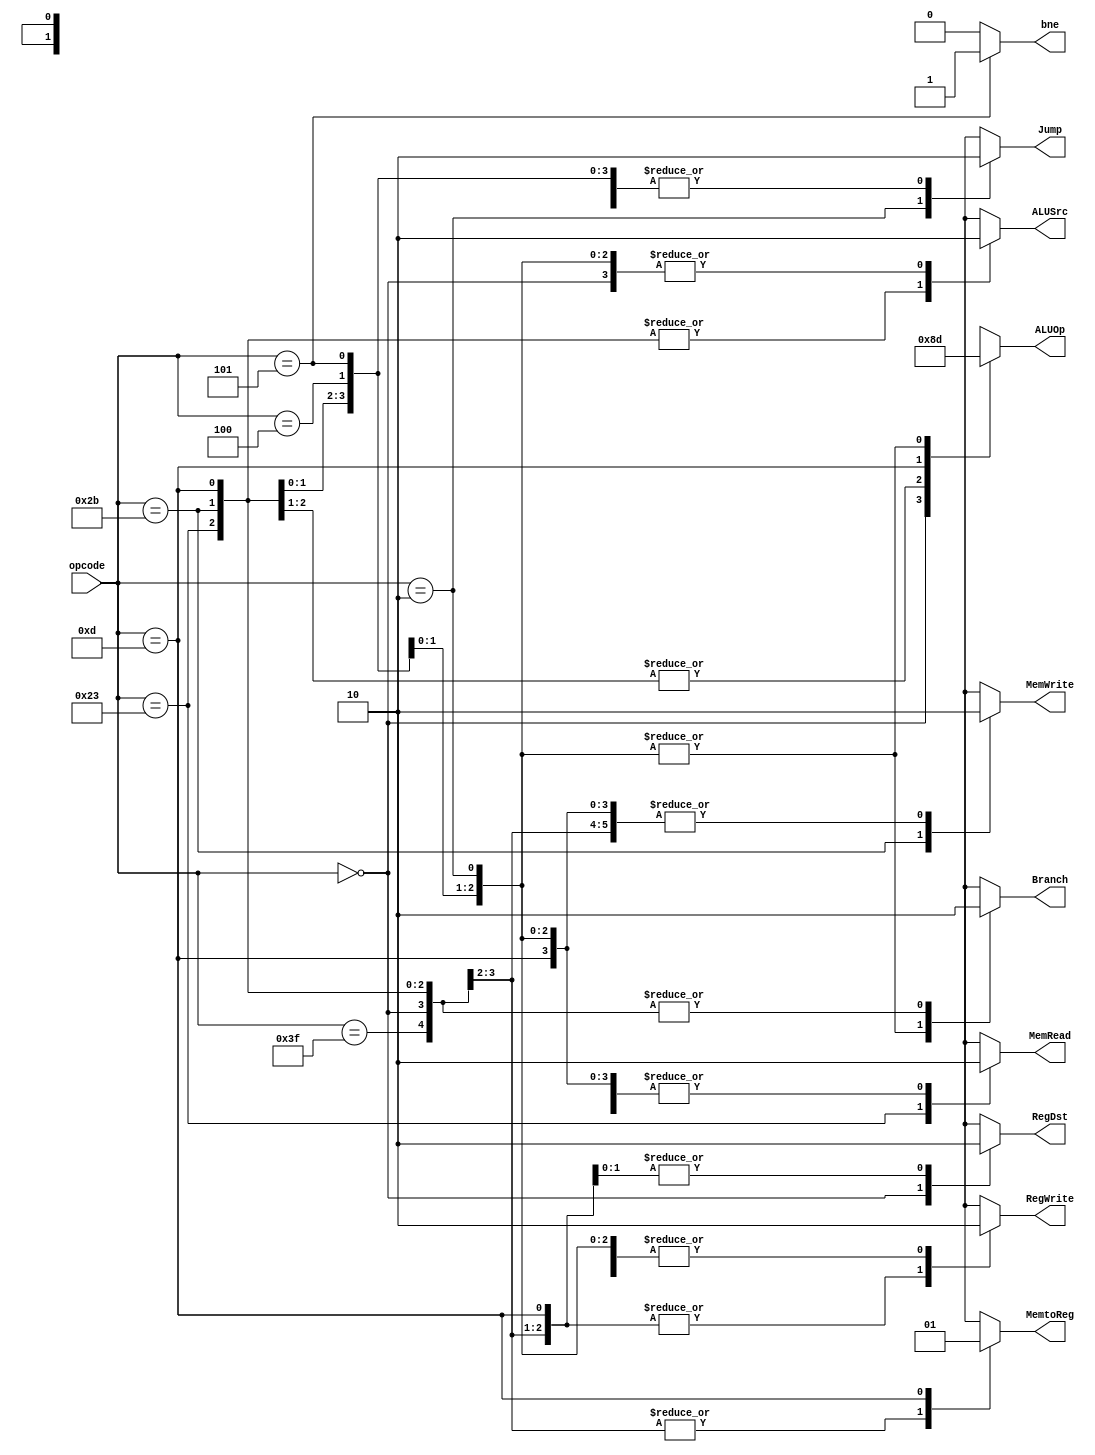
module control( opcode, RegDst, ALUSrc, MemtoReg, RegWrite, 
                MemRead, MemWrite, Branch, Jump, ALUOp, bne);
    
    input  [5:0] opcode;
    output reg RegDst, ALUSrc, MemtoReg, RegWrite, MemRead, MemWrite, Branch, Jump, bne;
    output reg [1:0] ALUOp;

    parameter R_FORMAT = 6'd0;
    parameter LW = 6'd35;
    parameter SW = 6'd43;
    parameter BEQ = 6'd4;
    parameter BNE = 6'd5;    
    parameter ORI = 6'd13;
	parameter J = 6'd2;
	parameter NOP = 6'd63;

    always @( opcode ) begin
        case ( opcode )
            R_FORMAT : 
            begin
                RegDst = 1'b1; ALUSrc = 1'b0; MemtoReg = 1'b0; RegWrite = 1'b1; MemRead = 1'b0; 
                MemWrite = 1'b0; Branch = 1'b0; Jump = 1'b0; ALUOp = 2'b10; bne = 1'd0 ;
            end
            LW :
            begin
                RegDst = 1'b0; ALUSrc = 1'b1; MemtoReg = 1'b0; RegWrite = 1'b1; MemRead = 1'b1; 
                MemWrite = 1'b0; Branch = 1'b0; Jump = 1'b0; ALUOp = 2'b00; bne = 1'd0 ;
            end
            SW :
            begin
                RegDst = 1'bx; ALUSrc = 1'b1; MemtoReg = 1'bx; RegWrite = 1'b0; MemRead = 1'b0; 
                MemWrite = 1'b1; Branch = 1'b0; Jump = 1'b0; ALUOp = 2'b00; bne = 1'd0;
            end
            ORI :
            begin
                RegDst = 1'b0; ALUSrc = 1'b1; MemtoReg = 1'b1; RegWrite = 1'b1; MemRead = 1'b0; 
                MemWrite = 1'b0; Branch = 1'b0; Jump = 1'b0; ALUOp = 2'b11; bne = 1'd0;
            end
            BEQ :
            begin
                RegDst = 1'bx; ALUSrc = 1'b0; MemtoReg = 1'bx; RegWrite = 1'b0; MemRead = 1'b0; 
                MemWrite = 1'b0; Branch = 1'b1; Jump = 1'b0; ALUOp = 2'b01; bne = 1'd0;
            end
            BNE :
            begin
                RegDst = 1'bx; ALUSrc = 1'b0; MemtoReg = 1'bx; RegWrite = 1'b0; MemRead = 1'b0; 
                MemWrite = 1'b0; Branch = 1'b1; Jump = 1'b0; ALUOp = 2'b01; bne = 1'd1 ;
            end
            J :
            begin
                RegDst = 1'bx; ALUSrc = 1'b0; MemtoReg = 1'bx; RegWrite = 1'b0; MemRead = 1'b0; 
                MemWrite = 1'b0; Branch = 1'b1; Jump = 1'b1; ALUOp = 2'b01; bne = 1'd0 ;
            end
            NOP :
            begin
                RegDst=1'bx; ALUSrc=1'bx; MemtoReg=1'bx; RegWrite=1'bx; MemRead=1'bx; 
                MemWrite=1'bx; Branch=1'b0; Jump = 1'b0; ALUOp = 2'bxx;  bne = 1'd0 ;
            end
            default
            begin
                $display("control_single unimplemented opcode %d", opcode);
                RegDst=1'bx; ALUSrc=1'bx; MemtoReg=1'bx; RegWrite=1'bx; MemRead=1'bx; 
                MemWrite=1'bx; Branch=1'bx; Jump = 1'bx; ALUOp = 2'bxx;  bne = 1'd0 ;
            end

        endcase
    end
endmodule